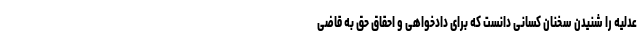
عدلیه را شنیدن سخنان کسانی دانست که برای دادخواهی و احقاق حق به قاضی